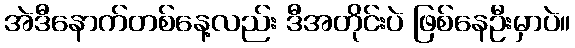
အဲဒီနောက်တစ်နေ့လည်း ဒီအတိုင်းပဲ ဖြစ်နေဦးမှာပဲ။